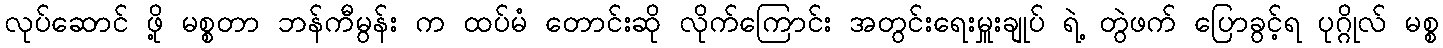
လုပ်ဆောင် ဖို့ မစ္စတာ ဘန်ကီမွန်း က ထပ်မံ တောင်းဆို လိုက်ကြောင်း အတွင်းရေးမှူးချုပ် ရဲ့ တွဲဖက် ပြောခွင့်ရ ပုဂ္ဂိုလ် မစ္စ